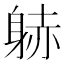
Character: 𲄠